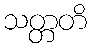
သတ္တတိ